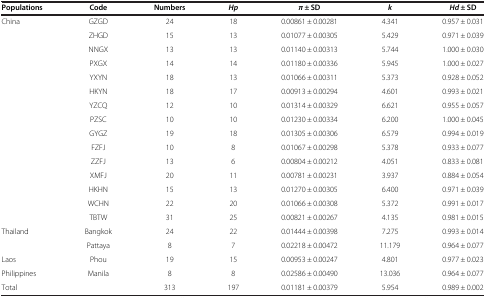
<table><thead><tr><td><b>Populations</b></td><td><b>Code</b></td><td><b>Numbers</b></td><td><b><i>Hp</i></b></td><td><b><i>π</i> ± SD</b></td><td><b><i>k</i></b></td><td><b><i>Hd</i> ± SD</b></td></tr></thead><tbody><tr><td>China</td><td>GZGD</td><td>24</td><td>18</td><td>0.00861 ± 0.00281</td><td>4.341</td><td>0.957 ± 0.031</td></tr><tr><td> </td><td>ZHGD</td><td>15</td><td>13</td><td>0.01077 ± 0.00305</td><td>5.429</td><td>0.971 ± 0.039</td></tr><tr><td> </td><td>NNGX</td><td>13</td><td>13</td><td>0.01140 ± 0.00313</td><td>5.744</td><td>1.000 ± 0.030</td></tr><tr><td> </td><td>PXGX</td><td>14</td><td>14</td><td>0.01180 ± 0.00336</td><td>5.945</td><td>1.000 ± 0.027</td></tr><tr><td> </td><td>YXYN</td><td>18</td><td>13</td><td>0.01066 ± 0.00311</td><td>5.373</td><td>0.928 ± 0.052</td></tr><tr><td> </td><td>HKYN</td><td>18</td><td>17</td><td>0.00913 ± 0.00294</td><td>4.601</td><td>0.993 ± 0.021</td></tr><tr><td> </td><td>YZCQ</td><td>12</td><td>10</td><td>0.01314 ± 0.00329</td><td>6.621</td><td>0.955 ± 0.057</td></tr><tr><td> </td><td>PZSC</td><td>10</td><td>10</td><td>0.01230 ± 0.00334</td><td>6.200</td><td>1.000 ± 0.045</td></tr><tr><td> </td><td>GYGZ</td><td>19</td><td>18</td><td>0.01305 ± 0.00306</td><td>6.579</td><td>0.994 ± 0.019</td></tr><tr><td> </td><td>FZFJ</td><td>10</td><td>8</td><td>0.01067 ± 0.00298</td><td>5.378</td><td>0.933 ± 0.077</td></tr><tr><td> </td><td>ZZFJ</td><td>13</td><td>6</td><td>0.00804 ± 0.00212</td><td>4.051</td><td>0.833 ± 0.081</td></tr><tr><td> </td><td>XMFJ</td><td>20</td><td>11</td><td>0.00781 ± 0.00231</td><td>3.937</td><td>0.884 ± 0.054</td></tr><tr><td> </td><td>HKHN</td><td>15</td><td>13</td><td>0.01270 ± 0.00305</td><td>6.400</td><td>0.971 ± 0.039</td></tr><tr><td> </td><td>WCHN</td><td>22</td><td>20</td><td>0.01066 ± 0.00308</td><td>5.372</td><td>0.991 ± 0.017</td></tr><tr><td> </td><td>TBTW</td><td>31</td><td>25</td><td>0.00821 ± 0.00267</td><td>4.135</td><td>0.981 ± 0.015</td></tr><tr><td>Thailand</td><td>Bangkok</td><td>24</td><td>22</td><td>0.01444 ± 0.00398</td><td>7.275</td><td>0.993 ± 0.014</td></tr><tr><td> </td><td>Pattaya</td><td>8</td><td>7</td><td>0.02218 ± 0.00472</td><td>11.179</td><td>0.964 ± 0.077</td></tr><tr><td>Laos</td><td>Phou</td><td>19</td><td>15</td><td>0.00953 ± 0.00247</td><td>4.801</td><td>0.977 ± 0.023</td></tr><tr><td>Philippines</td><td>Manila</td><td>8</td><td>8</td><td>0.02586 ± 0.00490</td><td>13.036</td><td>0.964 ± 0.077</td></tr><tr><td>Total</td><td> </td><td>313</td><td>197</td><td>0.01181 ± 0.00379</td><td>5.954</td><td>0.989 ± 0.002</td></tr></tbody></table>